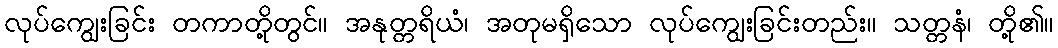
လုပ်ကျွေးခြင်း တကာတို့တွင်။ အနုတ္တရိယံ၊ အတုမရှိသော လုပ်ကျွေးခြင်းတည်း။ သတ္တနံ၊ တို့၏။